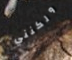
ولكنني